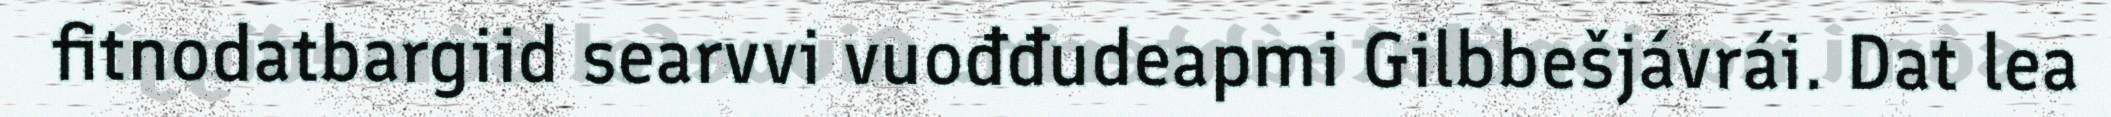
fitnodatbargiid searvvi vuođđudeapmi Gilbbešjávrái. Dat lea